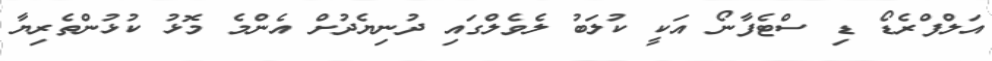
އަލްފްރެޑޯ ޑި ސްޓެފާނޯ އަކީ ކުލަބު ލެވެލްގައި ދުނިޔެދުށް އެންމެ މޮޅު ކުޅުންތެރިޔާ